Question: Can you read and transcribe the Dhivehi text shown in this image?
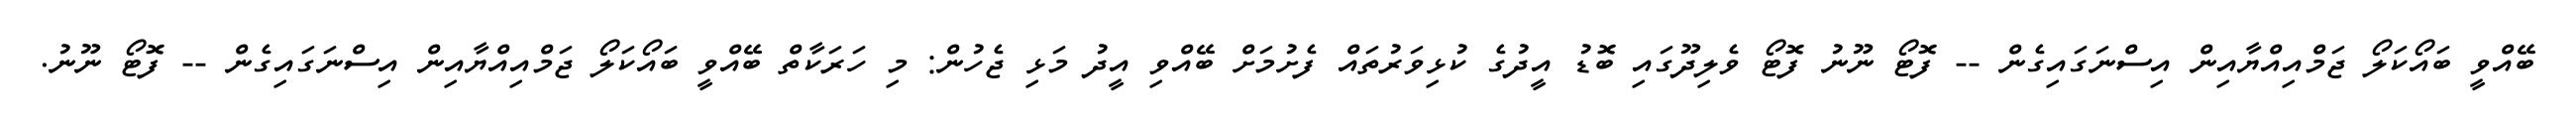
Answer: ބޭއްވީ ބައޯކަލޯ ޖަމްއިއްޔާއިން އިސްނަގައިގެން -- ފޮޓޯ ނޫނު ފޮޓޯ ވެލިދޫގައި ބޮޑު އީދުގެ ކުޅިވަރުތައް ފެށުމަށް ބޭއްވި އީދު މަޅި ޖެހުން: މި ހަރަކާތް ބޭއްވީ ބައޯކަލޯ ޖަމްއިއްޔާއިން އިސްނަގައިގެން -- ފޮޓޯ ނޫނު.